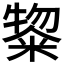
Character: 鿯